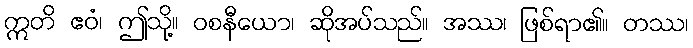
ဣတိ ဧဝံ၊ ဤသို့။ ဝစနီယော၊ ဆိုအပ်သည်။ အဿ၊ ဖြစ်ရာ၏။ တဿ၊